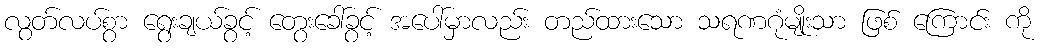
လွတ်လပ်စွာ ရွေးချယ်ခွင့် တွေးခေါ်ခွင့် အပေါ်မှာလည်း တည်ထားသော သရဏဂုံမျိုးသာ ဖြစ် ကြောင်း ကို